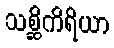
သစ္ဆိကိရိယာ